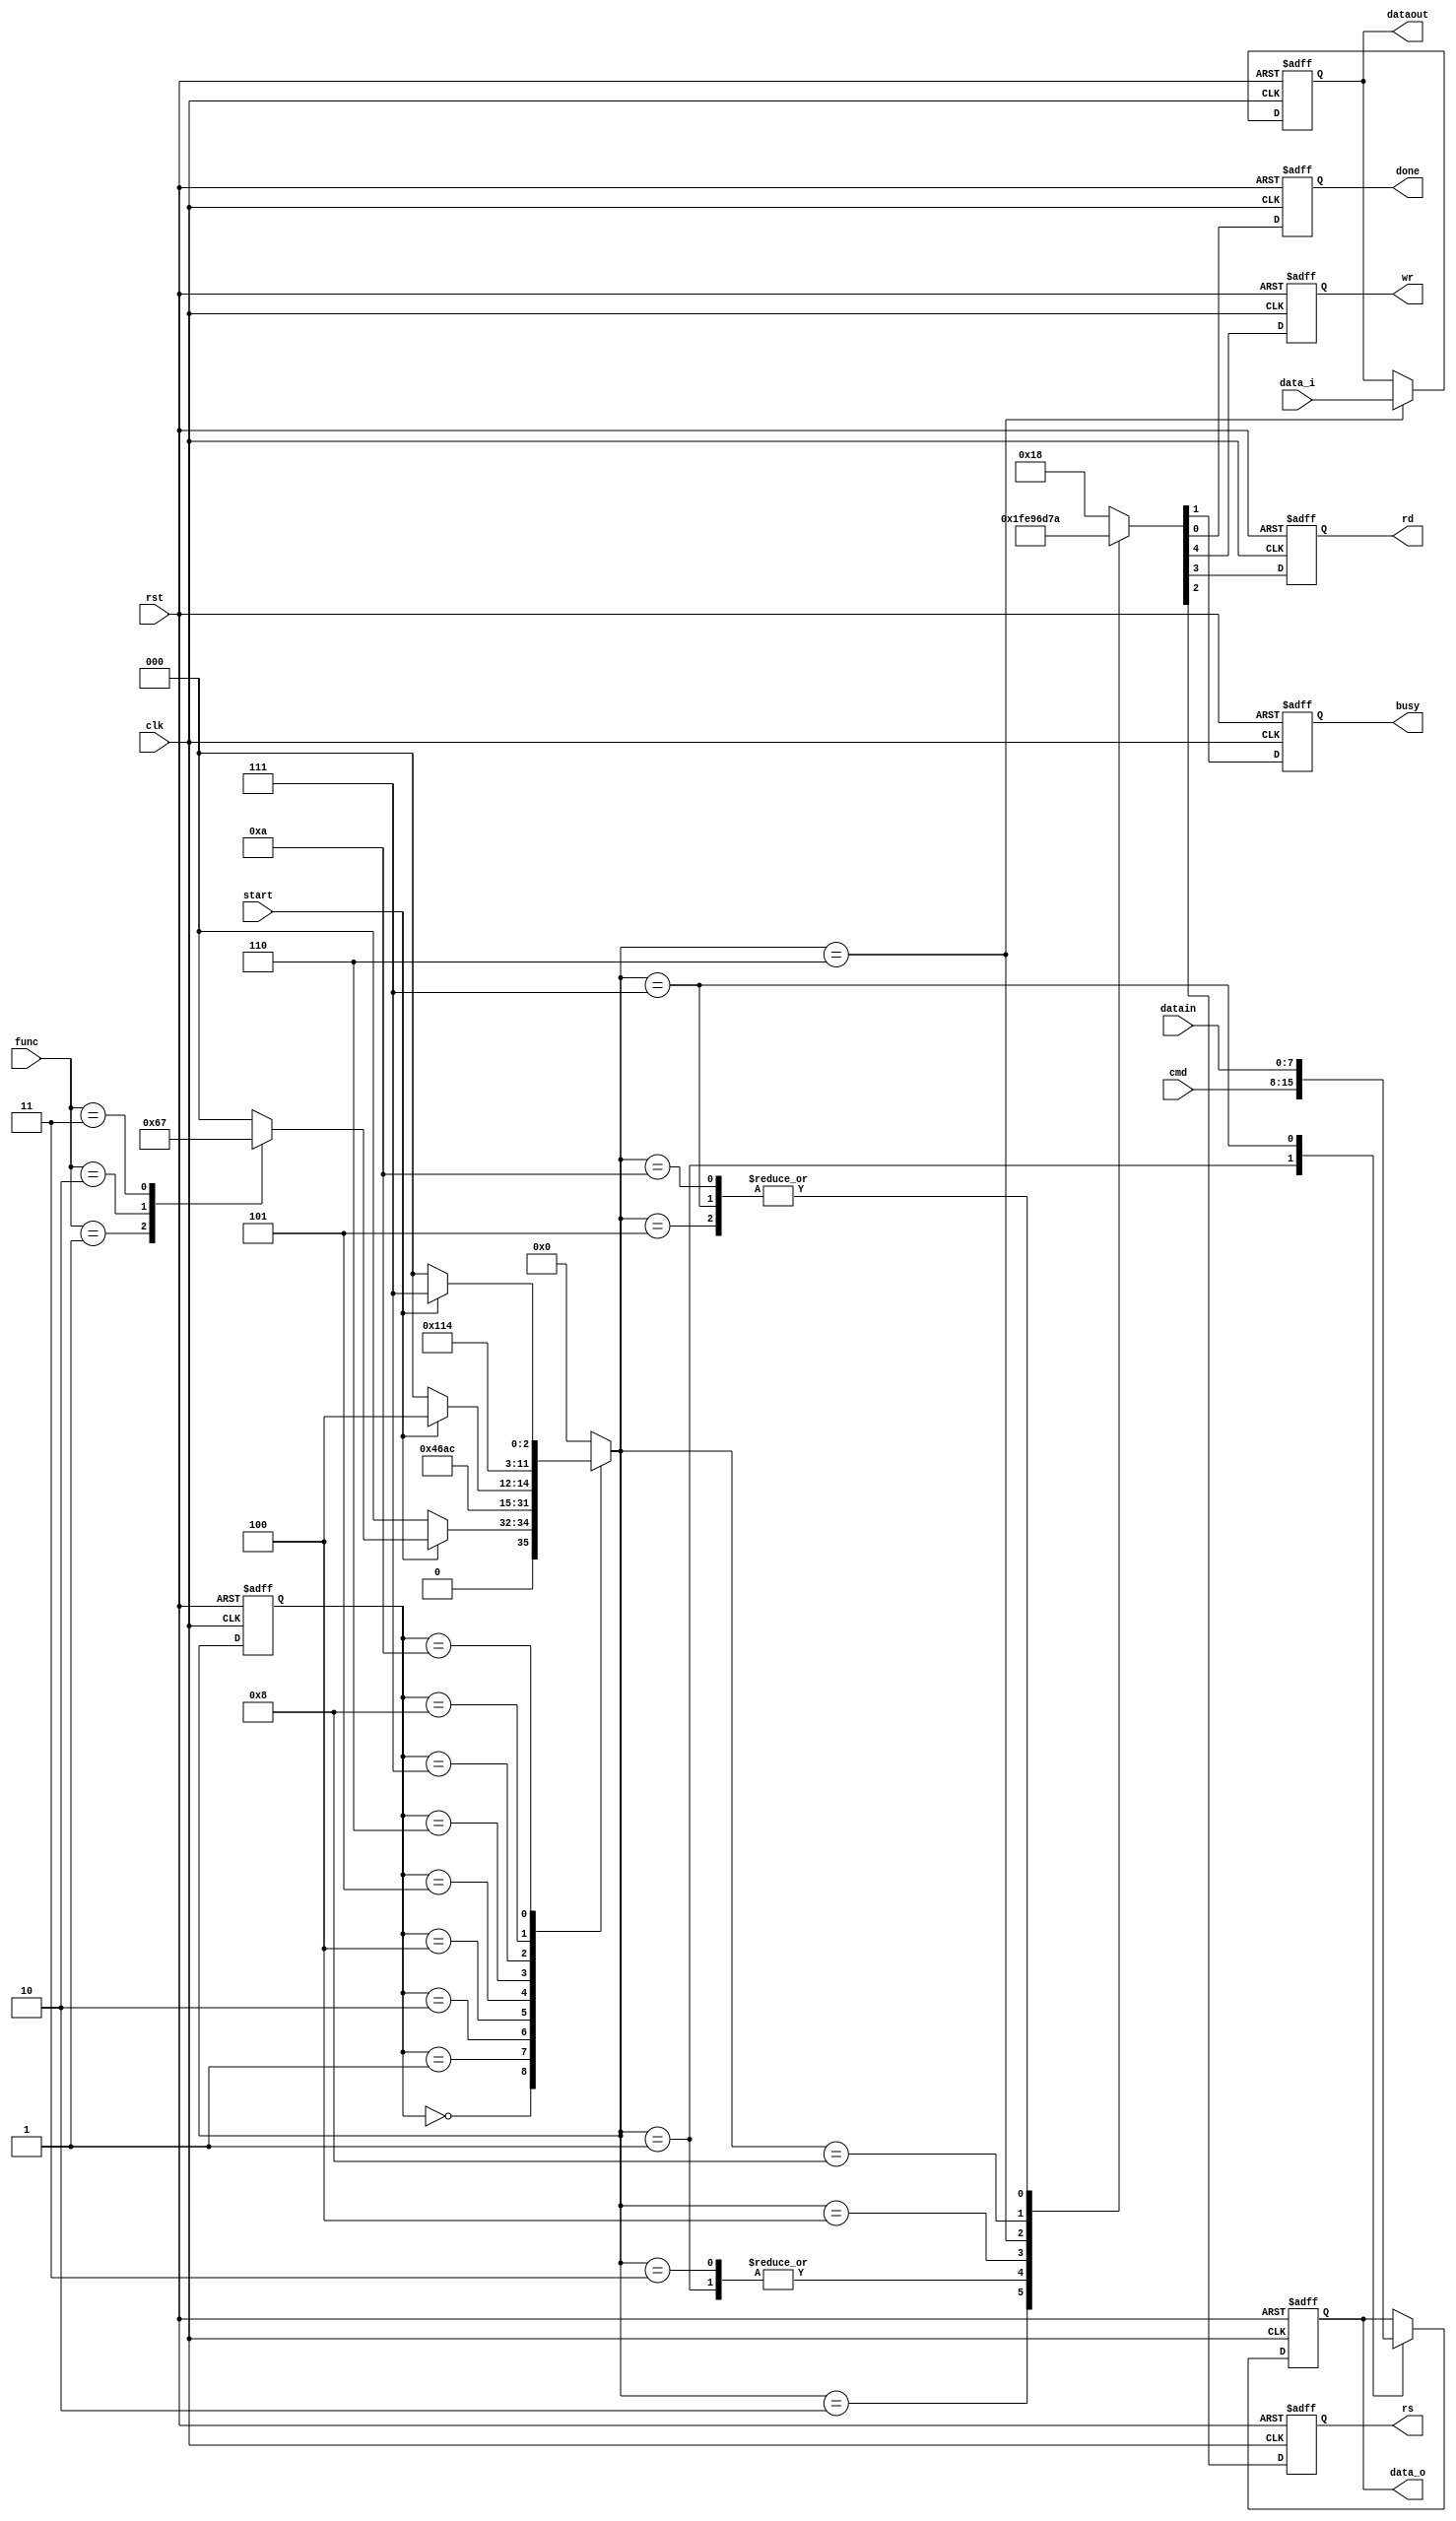
module port8080
	(
	input [7:0]data_i, //Data Bus
	output reg [7:0]data_o,
	output reg wr,
	output reg rd,
	output reg rs,
	
	input [7:0]datain,//INTERNAL BUS
	output reg [7:0]dataout,
	input [7:0]cmd,
	input [2:0]func,//01 SEND COMMAND 10 READ DATA 11 WRITE DATA
	input start,	//START TRANSMISSION/ CONTINUE SIGNAL FOR BULK READ/WRITE (3T)
	output reg busy,
	output reg done,  //COUNT PULSE FOR BULK R/W
	input clk,
	input rst
	);
reg [3:0]status;
reg [3:0]next_status;
parameter Idle=4'b0000;
parameter SC0=4'b0001;
parameter SC1=4'b0010;
parameter SC2=4'b0011;
parameter RB0=4'b0100;
parameter RB1=4'b0101;
parameter RB2=4'b0110;
parameter WB0=4'b0111;
parameter WB1=4'b1000;
parameter WB2=4'b1010;
always @(posedge clk or negedge rst)
begin
if (!rst)
	begin
	status<=Idle;
	//dat<=8'b0;
	end
else status<=next_status;
	
end

always @(*)
begin
//next_status=Idle;
	case (status)
	Idle:
		begin
		if(!start) next_status=Idle;
		else 
			case(func)
				2'b00: next_status=Idle; 
				2'b01: next_status=SC0;//SEND COMMAND
				2'b10: next_status=RB0;//READ BYTE
				2'b11: next_status=WB0;//WRITE BYTE
				default:next_status=Idle;
			endcase
		end
	SC0:next_status=SC1;
	SC1:next_status=SC2;
	SC2:next_status=Idle;
	RB0:next_status=RB1;
	RB1:next_status=RB2;
	RB2:if(!start)next_status=Idle;else next_status=RB0;
	WB0:next_status=WB1;
	WB1:next_status=WB2;
	WB2:if(!start)next_status=Idle;else next_status=WB0;
	default:next_status=Idle;
	endcase
end

always @ (posedge clk or negedge rst)
begin
if(!rst)begin {data_o,wr,rd,rs,busy,done}<=13'b0000000011000;dataout<=8'b0;end//
else
	case (next_status)
		SC0:begin data_o<=cmd;{wr,rd,rs,busy,done}<=5'b11110;end//
		SC1:begin {wr,rd,rs,busy,done}<=5'b01111;end//
		SC2:begin {wr,rd,rs,busy,done}<=5'b11110;end//
		
		RB0:begin {wr,rd,rs,busy,done}<=5'b10010;end//RD
		RB1:begin {wr,rd,rs,busy,done}<=5'b11010;end//RD
		RB2:begin dataout<=data_i;{wr,rd,rs,busy,done}<=5'b11011;end
		
		WB0:begin data_o<=datain;{wr,rd,rs,busy,done}<=5'b11010;end
		WB1:begin {wr,rd,rs,busy,done}<=5'b01011;end
		WB2:begin {wr,rd,rs,busy,done}<=5'b11010;end
		Idle:begin{wr,rd,rs,busy,done}<=5'b11000;end
		default:{wr,rd,rs,busy,done}<=5'b11000;
	endcase
end

endmodule